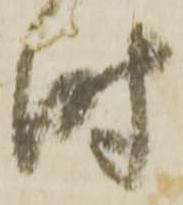
時